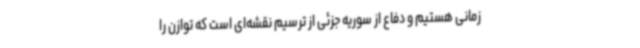
زمانی هستیم و دفاع از سوریه جزئی از ترسیم نقشه‌ای است که توازن را